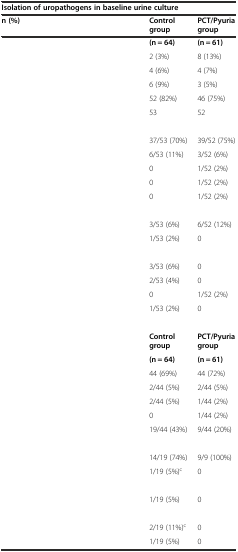
<table><thead><tr><td colspan="3"><b>Isolation of uropathogens in baseline urine culture</b></td></tr><tr><td><b>n (%)</b></td><td><b>Control group</b></td><td><b>PCT/Pyuria group</b></td></tr></thead><tbody><tr><td>[EMPTY_CELL]</td><td><b>(n = 64)</b></td><td><b>(n = 61)</b></td></tr><tr><td>[EMPTY_CELL]</td><td>2 (3%)</td><td>8 (13%)</td></tr><tr><td>[EMPTY_CELL]</td><td>4 (6%)</td><td>4 (7%)</td></tr><tr><td>[EMPTY_CELL]</td><td>6 (9%)</td><td>3 (5%)</td></tr><tr><td>[EMPTY_CELL]</td><td>52 (82%)</td><td>46 (75%)</td></tr><tr><td>[EMPTY_CELL]</td><td>53</td><td>52</td></tr><tr><td>[EMPTY_CELL]</td><td>[EMPTY_CELL]</td><td>[EMPTY_CELL]</td></tr><tr><td>[EMPTY_CELL]</td><td>37/53 (70%)</td><td>39/52 (75%)</td></tr><tr><td>[EMPTY_CELL]</td><td>6/53 (11%)</td><td>3/52 (6%)</td></tr><tr><td>[EMPTY_CELL]</td><td>0</td><td>1/52 (2%)</td></tr><tr><td>[EMPTY_CELL]</td><td>0</td><td>1/52 (2%)</td></tr><tr><td>[EMPTY_CELL]</td><td>0</td><td>1/52 (2%)</td></tr><tr><td>[EMPTY_CELL]</td><td>[EMPTY_CELL]</td><td>[EMPTY_CELL]</td></tr><tr><td>[EMPTY_CELL]</td><td>3/53 (6%)</td><td>6/52 (12%)</td></tr><tr><td>[EMPTY_CELL]</td><td>1/53 (2%)</td><td>0</td></tr><tr><td>[EMPTY_CELL]</td><td>[EMPTY_CELL]</td><td>[EMPTY_CELL]</td></tr><tr><td>[EMPTY_CELL]</td><td>3/53 (6%)</td><td>0</td></tr><tr><td>[EMPTY_CELL]</td><td>2/53 (4%)</td><td>0</td></tr><tr><td>[EMPTY_CELL]</td><td>0</td><td>1/52 (2%)</td></tr><tr><td>[EMPTY_CELL]</td><td>1/53 (2%)</td><td>0</td></tr><tr><td colspan="3">[EMPTY_CELL]</td></tr><tr><td>[EMPTY_CELL]</td><td><b>Control group</b></td><td><b>PCT/Pyuria group</b></td></tr><tr><td>[EMPTY_CELL]</td><td><b>(n = 64)</b></td><td><b>(n = 61)</b></td></tr><tr><td>[EMPTY_CELL]</td><td>44 (69%)</td><td>44 (72%)</td></tr><tr><td>[EMPTY_CELL]</td><td>2/44 (5%)</td><td>2/44 (5%)</td></tr><tr><td>[EMPTY_CELL]</td><td>2/44 (5%)</td><td>1/44 (2%)</td></tr><tr><td>[EMPTY_CELL]</td><td>0</td><td>1/44 (2%)</td></tr><tr><td>[EMPTY_CELL]</td><td>19/44 (43%)</td><td>9/44 (20%)</td></tr><tr><td>[EMPTY_CELL]</td><td>[EMPTY_CELL]</td><td>[EMPTY_CELL]</td></tr><tr><td>[EMPTY_CELL]</td><td>14/19 (74%)</td><td>9/9 (100%)</td></tr><tr><td>[EMPTY_CELL]</td><td>1/19 (5%)<sup>c</sup></td><td>0</td></tr><tr><td>[EMPTY_CELL]</td><td>[EMPTY_CELL]</td><td>[EMPTY_CELL]</td></tr><tr><td>[EMPTY_CELL]</td><td>1/19 (5%)</td><td>0</td></tr><tr><td>[EMPTY_CELL]</td><td>[EMPTY_CELL]</td><td>[EMPTY_CELL]</td></tr><tr><td>[EMPTY_CELL]</td><td>2/19 (11%)<sup>c</sup></td><td>0</td></tr><tr><td>[EMPTY_CELL]</td><td>1/19 (5%)</td><td>0</td></tr></tbody></table>